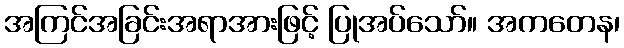
အကြင်အခြင်းအရာအားဖြင့် ပြုအပ်သော်။ အကတေန၊